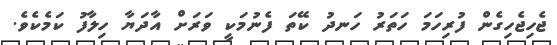
ޖެހިޖެހިގެން ފުރިހަމަ ހަތަރު ހަނދު ކޭތަ ފެނުމަކީ ވަރަށް އާދަޔާ ހިލާފު ކަމެކެވެ.